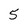
Character: 5